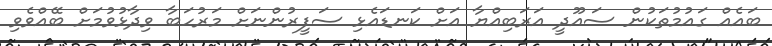
ބައެއް ގައުމުތަކުން ސައޫދީ އަރަބިއްޔާ އަށް ކަނޑައެޅި ސަފީރުންނަށް މަރުހަބާ ވިދާޅުވުމަށް ބޭއްވެވި